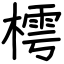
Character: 樗